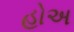
હોઅ